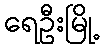
ရေဦးမြို့